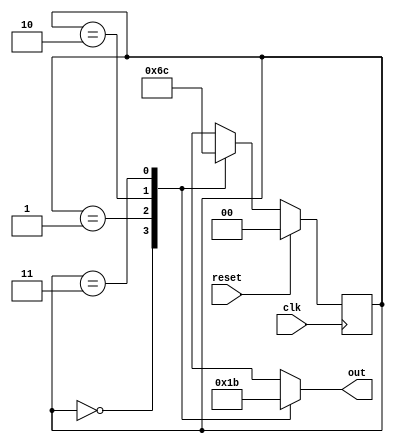
module counter(reset,clk,out);

	input clk,reset;
	output [1:0] out;
	
	reg [1:0] state,next_state;
	reg [1:0] out;
	
	parameter
		s_0=2'b00,
		s_1=2'b01,
		s_2=2'b10,
		s_3=2'b11;
		
	always@(posedge clk)
		if(reset)
			state<=s_0;
		else
			state<=next_state;
		
	always@(state,reset)
	begin
		case(state)
		
			s_0:
			begin
				out<=2'b00; 
				if(reset)
					next_state<=s_0;
				else
					next_state<=s_1;
			end
			
			s_1:
			begin
				out<=2'b01;
				if(reset)
					next_state<=s_0;
				else
					next_state<=s_2;
			end
			
			s_2:
			begin
				out<=2'b10;
				
				if(reset)
					next_state<=s_0;
				else
					next_state<=s_3;
			end
			
			s_3:
			begin
				out<=2'b11;
				next_state<=s_0;
			end
			
		endcase
	end
endmodule